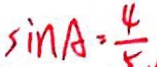
\sin A = \frac { 4 } { 5 }